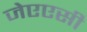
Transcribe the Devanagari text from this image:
जेएएसी